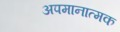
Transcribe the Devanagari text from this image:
अपमानात्मक